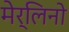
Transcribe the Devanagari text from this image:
मेर्लिनो